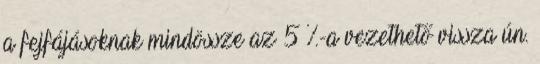
a fejfájásoknak mindössze az 5 %-a vezethető vissza ún.